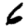
Digit: 6